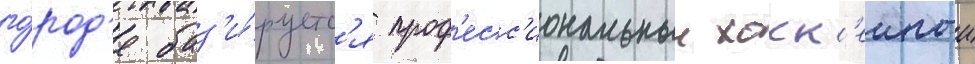
го́род'е баз'и́руетс'я проф'есс'иональныи хокк'еиныи